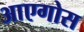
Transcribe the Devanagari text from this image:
आएगोस